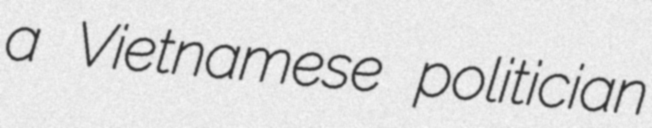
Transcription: a Vietnamese politician